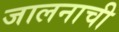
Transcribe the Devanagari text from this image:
जालनाची